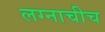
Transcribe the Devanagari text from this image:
लग्नाचीच